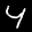
Label: 4